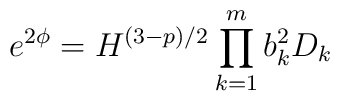
e^{2\phi} = H^{(3-p)/2} \prod_{k=1}^{m} b_k^2 D_k